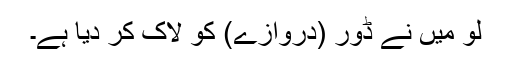
لو میں نے ڈور (دروازے) کو لاک کر دیا ہے۔